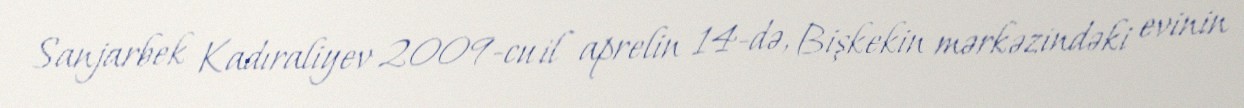
Sanjarbek Kadıraliyev 2009-cu il aprelin 14-də, Bişkekin mərkəzindəki evinin